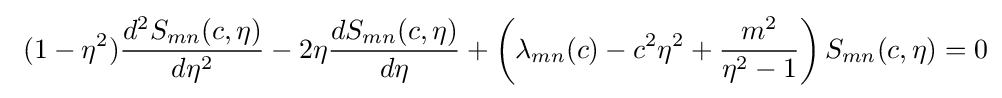
\ (1-\eta ^{2}){\frac {d^{2}S_{mn}(c,\eta )}{d\eta ^{2}}}-2\eta {\frac {dS_{mn}(c,\eta )}{d\eta }}+\left(\lambda _{mn}(c)-c^{2}\eta ^{2}+{\frac {m^{2}}{\eta ^{2}-1}}\right){S_{mn}(c,\eta )}=0